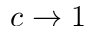
c \to 1